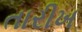
તારીખ